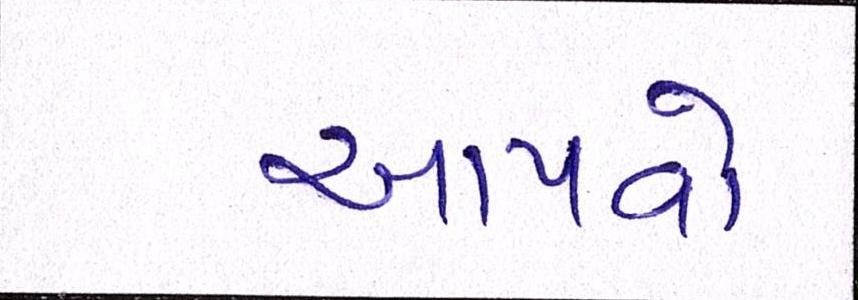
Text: આપવો